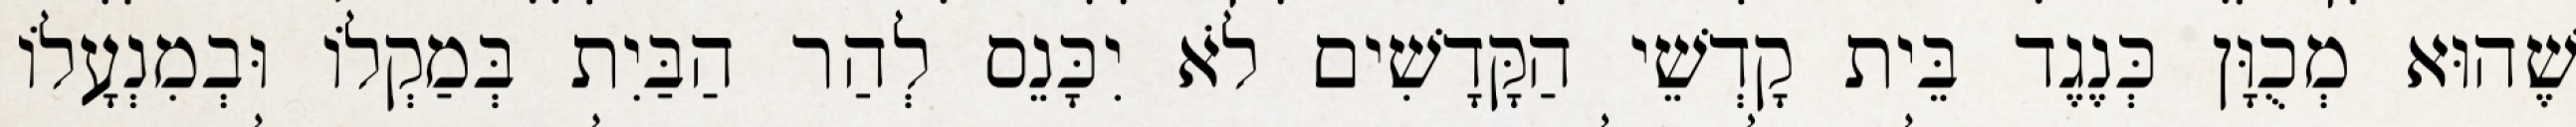
שֶׁהוּא מְכֻוָּן כְּנֶגֶד בֵּית קָדְשֵׁי הַקָּדָשִׁים לֹא יִכָּנֵס לְהַר הַבַּיִת בְּמַקְלוֹ וּבְמִנְעָלוֹ